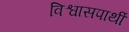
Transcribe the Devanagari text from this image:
विश्वासपार्थी